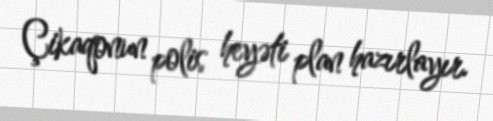
Çikaqonun polis heyəti plan hazırlayır.